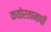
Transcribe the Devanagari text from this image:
कठोरतामापी